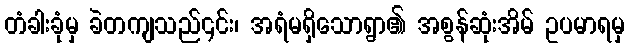
တံခါးခုံမှ ခဲတကျသည်၎င်း၊ အရံမရှိသောရွာ၏ အစွန်ဆုံးအိမ် ဥပမာရမှ